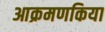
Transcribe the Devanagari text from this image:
आक्रमणकिया